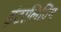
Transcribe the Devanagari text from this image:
इंटरलिविंग